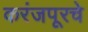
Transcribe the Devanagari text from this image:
करंजपूरचे